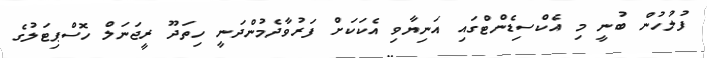
ފުލުހުން ބުނީ މި އެކްސިޑެންޓްގައި އަނިޔާވި އެކަކަށް ފަރުވާދެމުންދަނީ ހިތަދޫ ރީޖަނަލް ހޮސްޕިޓަލުގެ